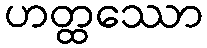
ဟတ္ထဿော